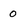
Character: 0